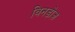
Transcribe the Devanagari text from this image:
विनडोज़